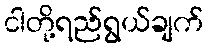
ငါတို့ရည်ရွယ်ချက်